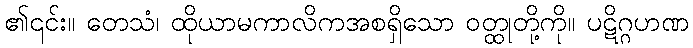
၏၎င်း။ တေသံ၊ ထိုယာမကာလိကအစရှိသော ဝတ္ထုတို့ကို။ ပဋိဂ္ဂဟဏ